Report of the Municipal Commissioner on the plague in Bombay for the year ending 31st May... - Volume 2
Disease focus: Plague
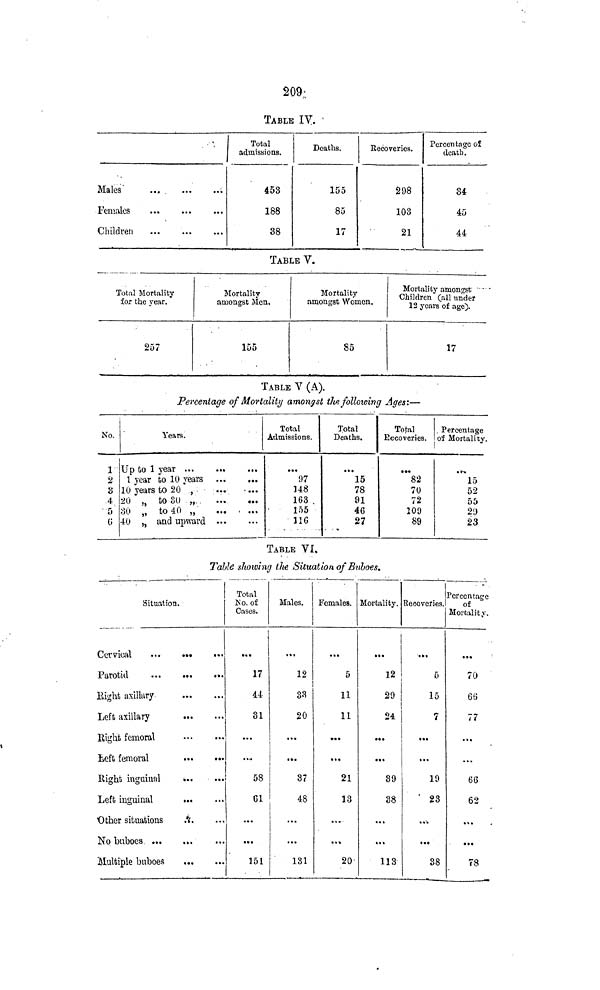
209.;
TABLE IV.
' ,
Males'
...
Females
Children
Total
admissions.
453
188
38
Deaths.
155
85
17
Recoveries.
298
103
21
Percentage of
death.
34
45
44
TABLE V.
Total Mortality
for the year.
257
Mortality
amongst Men,
155
Mortality
amongst Women.
85
Mortality amongst ' •
Children (all under
12 years of age).
17
TABLE V (A).
Percentage of Mortality amongst the following Ages:—
No.
1
2
3
4
5
0
Years.
Up to 1 year ...
...
...
1 year to 10 years
10 years to 20 ,
...
20 „ to 30 „.
...
...
30 „ to 40 „'
40 „ and upward
Total
Admissions.
...
97
148
163 .
155
11G
Total
Deaths.
• . »
15
78
91
46
27
Total
Recoveries.
• *•
82
70
72
109
89
. Percentage
of Mortality.
. r-.
15
52
55
21)
23
TABLE VI,
Tabte showing the Situation of Buboes,
Situation,
Parotid
...
...
•••
Eight axillary
Left axillary
Eight femoral
Left femoral
Right inguinal
...
...
Left inguinal
Other situations
A.
Multiple buboes
Total
No. of
Cases,
17
44
81
...
....
58
61
...
151
Males.
12
33
20
...
...
37
48
...
131
Females.
5
11
11
...
...
21
13
...
20-
Mortality.
12
29
24
...
...
39
38
...
113
Recoveries.
5
15
7
»*•
...
19
' 23
...
38
Percentage
of
Mortality.
70
66
77
"•
...
66
62
...
78